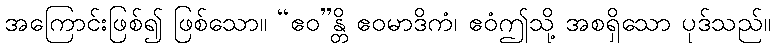
အကြောင်းဖြစ်၍ ဖြစ်သော။ “ဧဝ”န္တိ ဧဝမာဒိကံ၊ ဧဝံဤသို့ အစရှိသော ပုဒ်သည်။